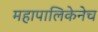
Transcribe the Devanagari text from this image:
महापालिकेनेच